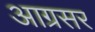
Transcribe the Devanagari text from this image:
आग्रसर